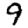
Digit: 9